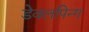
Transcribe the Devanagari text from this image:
डेवलपिन्ग